Document type: Emphyteutic lease
Year: 1473
Scribe: [Unknown]
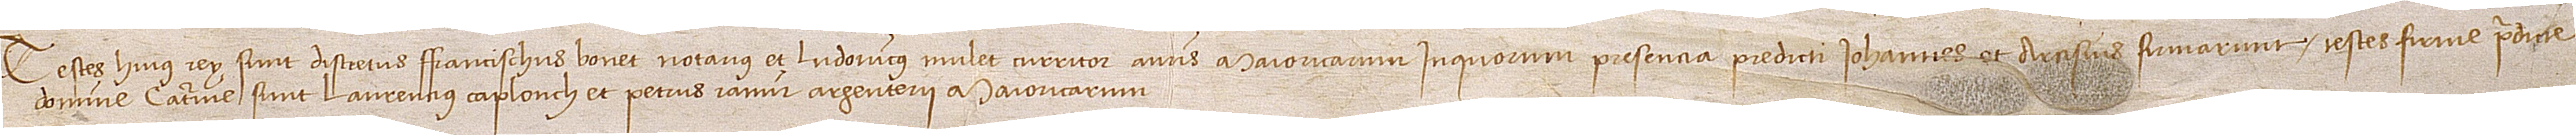
Testes huius rey sunt discretus Francischus Bonet, notarius, et Ludovicus Mulet, curritor auris, Maioricarum, in quorum presencia predicti Iohannes et Arcisius firmarunt.  Testes firme predicte